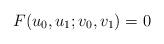
LaTeX: \begin{align*} F( u_0, u_1 ; v_0, v_1 ) = 0\end{align*}